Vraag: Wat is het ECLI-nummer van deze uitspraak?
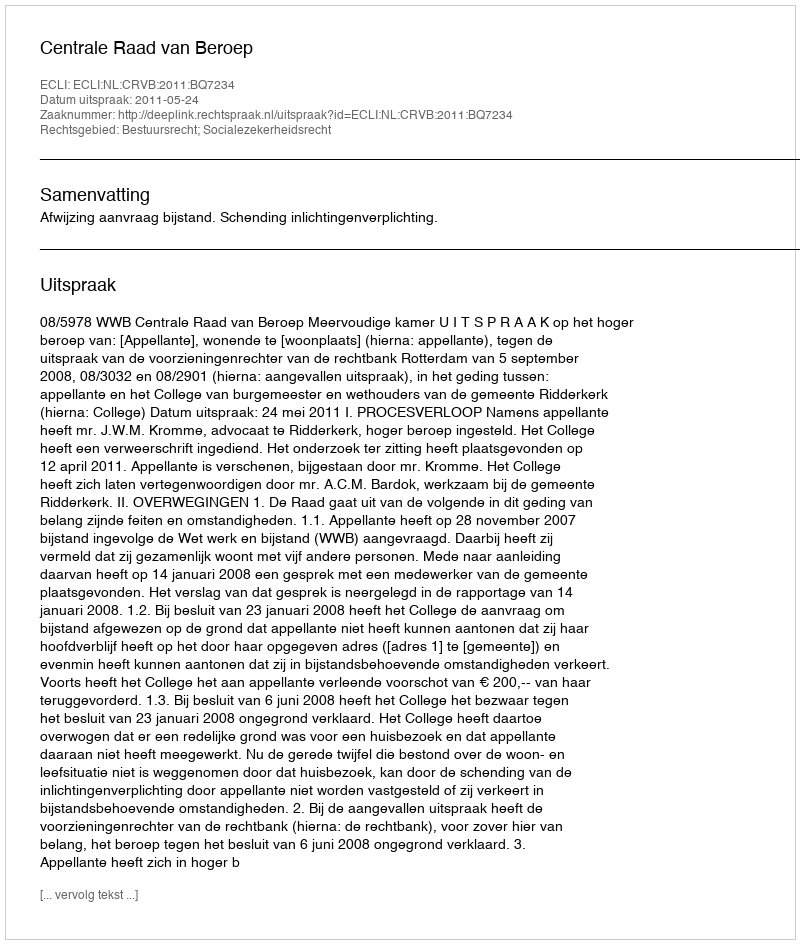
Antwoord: ECLI:NL:CRVB:2011:BQ7234